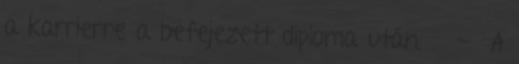
a karrierre a befejezett diploma után. . - A